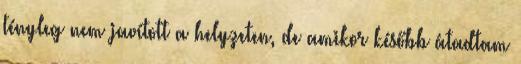
tényleg nem javított a helyzeten, de amikor később átadtam